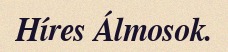
Híres Álmosok.